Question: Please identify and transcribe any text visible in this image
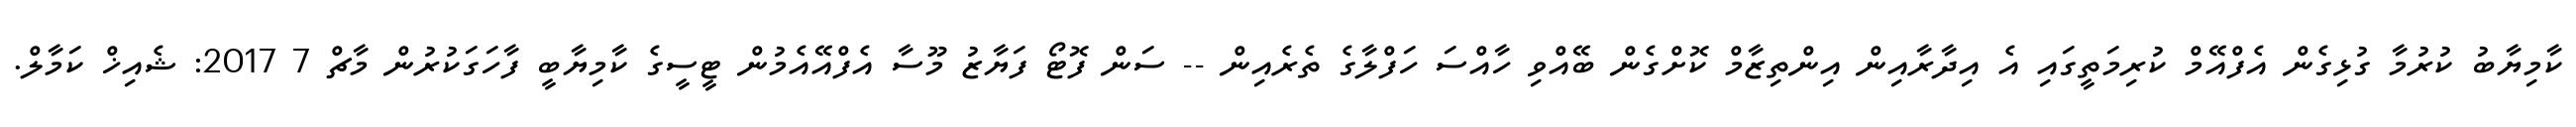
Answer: ކާމިޔާބު ކުރުމާ ގުޅިގެން އެފްއޭމް ކުރިމަތީގައި އެ އިދާރާއިން އިންތިޒާމް ކޮށްގެން ބޭއްވި ހާއްސަ ހަފްލާގެ ތެރެއިން -- ސަން ފޮޓޯ ފަޔާޒު މޫސާ އެފްއޭއެމުން ޓީސީގެ ކާމިޔާބީ ފާހަގަކުރުން މާޗް 7 2017: ޝެއިޚް ކަމާލް.